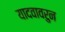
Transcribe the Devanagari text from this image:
यादवावरुन